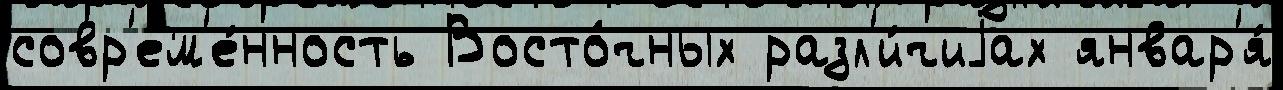
совр'ем'е́нность Восто́чных разл'и́чиjах январ'я́